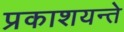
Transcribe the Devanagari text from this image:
प्रकाशयन्ते